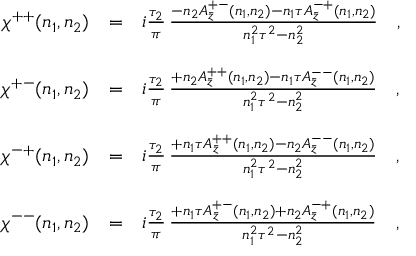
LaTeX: \begin{array} { r c l } { { \chi ^ { + + } ( n _ { 1 } , n _ { 2 } ) } } & { { = } } & { { i \frac { \tau _ { 2 } } { \pi } \, \frac { - n _ { 2 } A _ { \bar { z } } ^ { + - } ( n _ { 1 } , n _ { 2 } ) - n _ { 1 } \tau A _ { \bar { z } } ^ { - + } ( n _ { 1 } , n _ { 2 } ) } { n _ { 1 } ^ { 2 } \tau ^ { 2 } - n _ { 2 } ^ { 2 } } \ \ \ , } } \\ { { } } & { { } } & { { } } \\ { { \chi ^ { + - } ( n _ { 1 } , n _ { 2 } ) } } & { { = } } & { { i \frac { \tau _ { 2 } } { \pi } \, \frac { + n _ { 2 } A _ { \bar { z } } ^ { + + } ( n _ { 1 } , n _ { 2 } ) - n _ { 1 } \tau A _ { \bar { z } } ^ { -- } ( n _ { 1 } , n _ { 2 } ) } { n _ { 1 } ^ { 2 } \tau ^ { 2 } - n _ { 2 } ^ { 2 } } \ \ \ , } } \\ { { } } & { { } } & { { } } \\ { { \chi ^ { - + } ( n _ { 1 } , n _ { 2 } ) } } & { { = } } & { { i \frac { \tau _ { 2 } } { \pi } \, \frac { + n _ { 1 } \tau A _ { \bar { z } } ^ { + + } ( n _ { 1 } , n _ { 2 } ) - n _ { 2 } A _ { \bar { z } } ^ { -- } ( n _ { 1 } , n _ { 2 } ) } { n _ { 1 } ^ { 2 } \tau ^ { 2 } - n _ { 2 } ^ { 2 } } \ \ \ , } } \\ { { } } & { { } } & { { } } \\ { { \chi ^ { -- } ( n _ { 1 } , n _ { 2 } ) } } & { { = } } & { { i \frac { \tau _ { 2 } } { \pi } \, \frac { + n _ { 1 } \tau A _ { \bar { z } } ^ { + - } ( n _ { 1 } , n _ { 2 } ) + n _ { 2 } A _ { \bar { z } } ^ { - + } ( n _ { 1 } , n _ { 2 } ) } { n _ { 1 } ^ { 2 } \tau ^ { 2 } - n _ { 2 } ^ { 2 } } \ \ \ , } } \end{array}